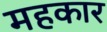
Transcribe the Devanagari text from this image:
महकार